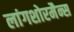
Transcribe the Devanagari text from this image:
लांगशोरमैन्स